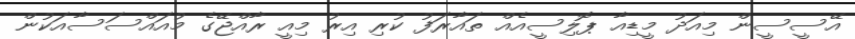
އޭސީސީން މިއަދު މީޑިއާ ޕޮލިސީއެއް ތައާރަފު ކުރި އިރު މިއީ ރާއްޖޭގެ މުއައްސަސާއަކުން